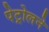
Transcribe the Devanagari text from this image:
पेट्रोलने